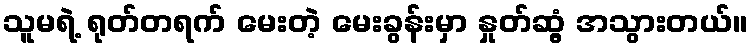
သူမရဲ့ ရုတ်တရက် မေးတဲ့ မေးခွန်းမှာ နှုတ်ဆွံ့ အသွားတယ်။